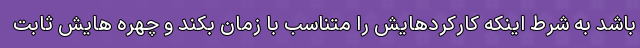
باشد به شرط اینکه کارکردهایش را متناسب با زمان بکند و چهره هایش ثابت